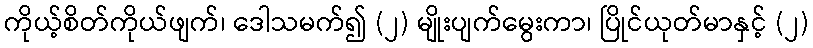
ကိုယ့်စိတ်ကိုယ်ဖျက်၊ ဒေါသမက်၍ (၂) မျိုးပျက်မွေးကာ၊ ပြိုင်ယုတ်မာနှင့် (၂)